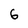
Character: 6